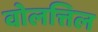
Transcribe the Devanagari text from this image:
वोलत्तिल